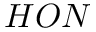
H O N